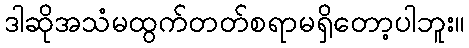
ဒါဆိုအသံမထွက်တတ်စရာမရှိတော့ပါဘူး။